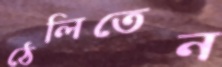
ঠেলিতেন